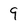
Character: 9